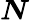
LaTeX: \boldsymbol{N}